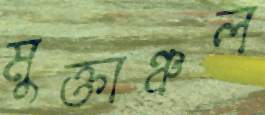
মুক্তাঞ্চল